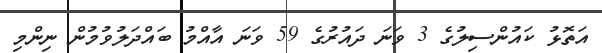
އަތޮޅު ކައުންސިލުގެ 3 ވަނަ ދައުރުގެ 59 ވަނަ އާއްމު ބައްދަލުވުމުން ނިންމި